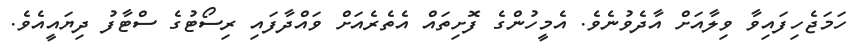
ހަމަޖެހިފައިވާ ވިލާއަށް އާދެވުނެވެ. އެމީހުންގެ ފޮށިތައް އެތެރެއަށް ވައްދާފައި ރިސޯޓުގެ ސްޓާފު ދިޔައީއެވެ.